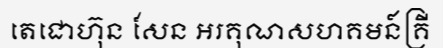
តេជោហ៊ុន សែន អរគុណសហគមន៍គ្រី